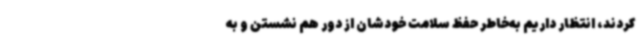
کردند، انتظار داریم به‌خاطر حفظ سلامت خودشان از دور هم نشستن و به